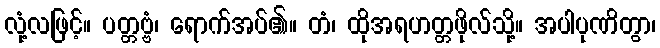
လုံ့လဖြင့်။ ပတ္တဗ္ဗံ၊ ရောက်အပ်၏။ တံ၊ ထိုအရဟတ္တဖိုလ်သို့။ အပါပုဏိတွာ၊